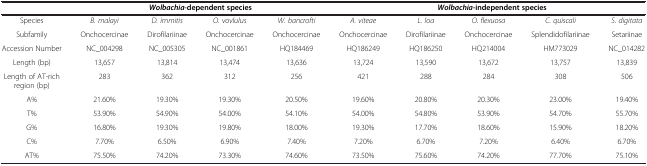
<table><thead><tr><td></td><td colspan="4"><b><i>Wolbachia</i>-dependent species</b></td><td colspan="5"><b><i>Wolbachia</i>-independent species</b></td></tr></thead><tbody><tr><td>Species</td><td><i>B. malayi</i></td><td><i>D. immitis</i></td><td><i>O. vovlulus</i></td><td><i>W. bancrofti</i></td><td><i>A. viteae</i></td><td><i>L. loa</i></td><td><i>O. flexuosa</i></td><td><i>C. quiscali</i></td><td><i>S. digitata</i></td></tr><tr><td>Subfamily</td><td>Onchocercinae</td><td>Dirofilariinae</td><td>Onchocercinae</td><td>Onchocercinae</td><td>Onchocercinae</td><td>Dirofilariinae</td><td>Onchocercinae</td><td>Splendidofilariinae</td><td>Setariinae</td></tr><tr><td>Accession Number</td><td>NC_004298</td><td>NC_005305</td><td>NC_001861</td><td>HQ184469</td><td>HQ186249</td><td>HQ186250</td><td>HQ214004</td><td>HM773029</td><td>NC_014282</td></tr><tr><td>Length (bp)</td><td>13,657</td><td>13,814</td><td>13,474</td><td>13,636</td><td>13,724</td><td>13,590</td><td>13,672</td><td>13,757</td><td>13,839</td></tr><tr><td>Length of AT-rich region (bp)</td><td>283</td><td>362</td><td>312</td><td>256</td><td>421</td><td>288</td><td>284</td><td>308</td><td>506</td></tr><tr><td>A%</td><td>21.60%</td><td>19.30%</td><td>19.30%</td><td>20.50%</td><td>19.60%</td><td>20.80%</td><td>20.30%</td><td>23.00%</td><td>19.40%</td></tr><tr><td>T%</td><td>53.90%</td><td>54.90%</td><td>54.00%</td><td>54.10%</td><td>54.00%</td><td>54.80%</td><td>53.90%</td><td>54.70%</td><td>55.70%</td></tr><tr><td>G%</td><td>16.80%</td><td>19.30%</td><td>19.80%</td><td>18.00%</td><td>19.30%</td><td>17.70%</td><td>18.60%</td><td>15.90%</td><td>18.20%</td></tr><tr><td>C%</td><td>7.70%</td><td>6.50%</td><td>6.90%</td><td>7.40%</td><td>7.20%</td><td>6.70%</td><td>7.20%</td><td>6.40%</td><td>6.70%</td></tr><tr><td>AT%</td><td>75.50%</td><td>74.20%</td><td>73.30%</td><td>74.60%</td><td>73.50%</td><td>75.60%</td><td>74.20%</td><td>77.70%</td><td>75.10%</td></tr></tbody></table>